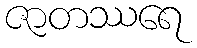
ဇာတဿရေ